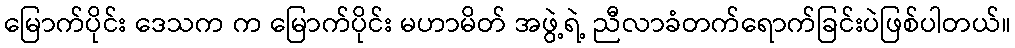
မြောက်ပိုင်း ဒေသက က မြောက်ပိုင်း မဟာမိတ် အဖွဲ့ရဲ့ ညီလာခံတက်ရောက်ခြင်းပဲဖြစ်ပါတယ်။